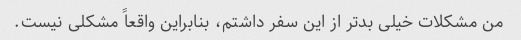
من مشکلات خیلی بدتر از این سفر داشتم، بنابراین واقعاً مشکلی نیست.